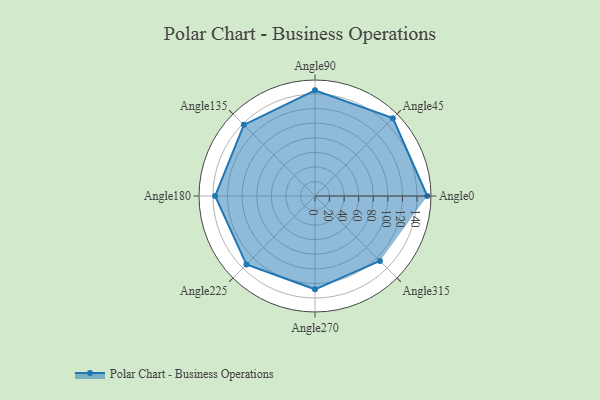
{"axis": {"x": "Angle", "y": "Radius"}, "legend": [""], "data": [{"x": "Angle0", "y": 154.0, "type": ""}, {"x": "Angle45", "y": 151.0, "type": ""}, {"x": "Angle90", "y": 145.0, "type": ""}, {"x": "Angle135", "y": 138.0, "type": ""}, {"x": "Angle180", "y": 137.0, "type": ""}, {"x": "Angle225", "y": 133.0, "type": ""}, {"x": "Angle270", "y": 128.0, "type": ""}, {"x": "Angle315", "y": 126.0, "type": ""}]}